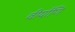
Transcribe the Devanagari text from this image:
वीर्याणि